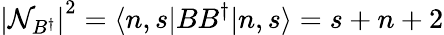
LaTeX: \left|\mathcal{N}_{B^{\dagger}}\right|^{2}=\langle n,s|BB^{\dagger}|n,s\rangle=s+n+2